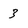
Character: 3